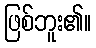
ဖြစ်ဘူး၏။